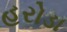
હરોડા